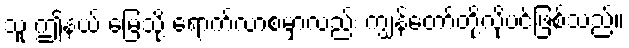
သူ ဤနယ် မြေသို့ ရောက်လာစမှာလည်း ကျွန်တော်တို့လိုပင်ဖြစ်သည်။